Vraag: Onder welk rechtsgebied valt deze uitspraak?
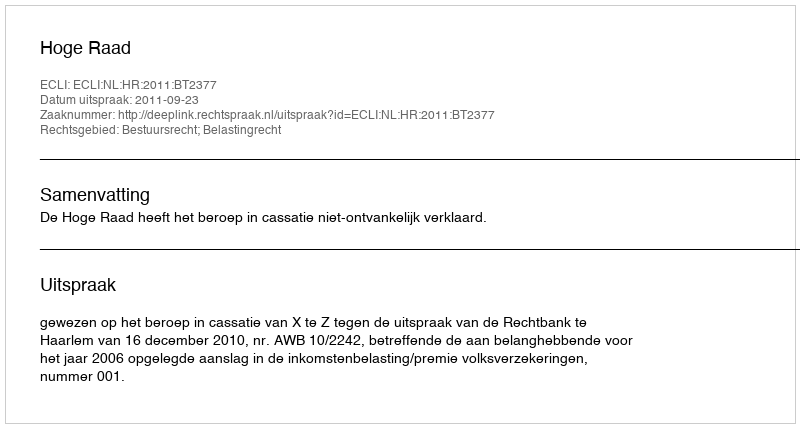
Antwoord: Bestuursrecht; Belastingrecht